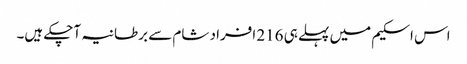
اس اسکیم میں پہلے ہی 216 افراد شام سے برطانیہ آچکے ہیں۔